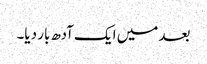
بعد میں ایک آدھ بار دیا۔